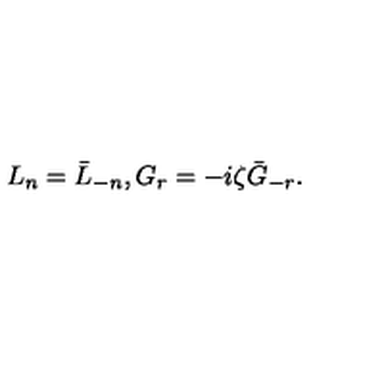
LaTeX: L _ { n } = \bar { L } _ { - n } , G _ { r } = - i \zeta \bar { G } _ { - r } .